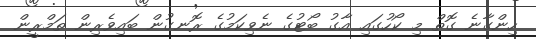
ހިންގާނެ ގޮތް މި ކޯހުގައި އާގު ބޯޓުގެ ނެވިކަމުގެ ރޮނގުން ބައިވެރިން ތަމްރީން